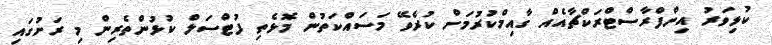
ކުޅިވަރު އިންފްރާސްޓްރަކްޗާއެއް ގާއިމްކުރުމަށް ކުރެވޭ މަސައްކަތުން މޮޅެތި ފުޓްސަލް ކުޅުންތެރިން މި ރަށުގައި